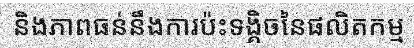
និងភាពធន់នឹងការប៉ះទង្គិចនៃផលិតកម្ម